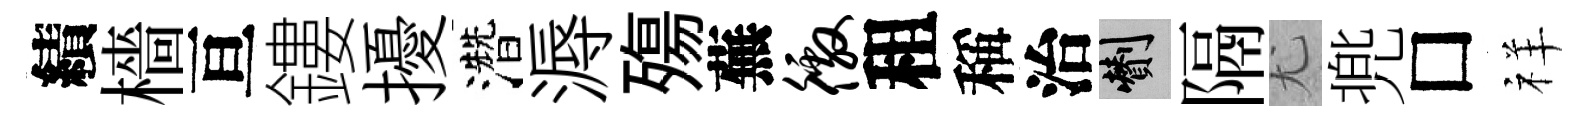
績檣亘鏤擾濳溽殤蕪徼租稱治剪隔尤兠□祥